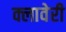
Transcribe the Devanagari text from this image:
क्लावेरी